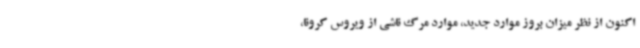
اکنون از نظر میزان بروز موارد جدید، موارد مرگ ناشی از ویروس کرونا،